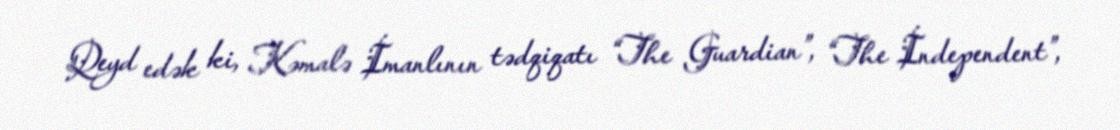
Qeyd edək ki, Kəmalə İmanlının tədqiqatı “The Guardian”, “The İndependent”,